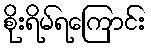
စိုးရိမ်ရကြောင်း